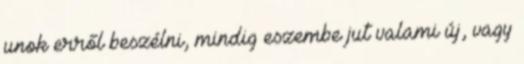
unok erről beszélni, mindig eszembe jut valami új, vagy